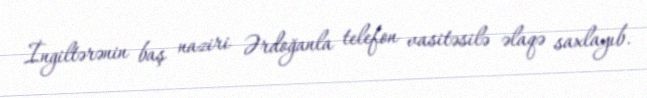
İngiltərənin baş naziri Ərdoğanla telefon vasitəsilə əlaqə saxlayıb.